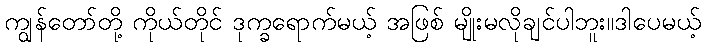
ကျွန်တော်တို့ ကိုယ်တိုင် ဒုက္ခရောက်မယ့် အဖြစ် မျိုးမလိုချင်ပါဘူး။ဒါပေမယ့်